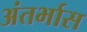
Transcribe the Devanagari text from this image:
अंतर्भास